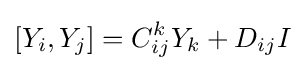
[Y_{i},Y_{j}]={C_{ij}^{k}}Y_{k}+D_{ij}I